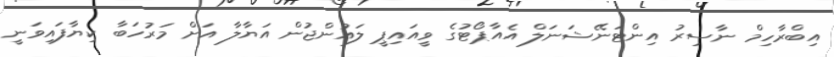
އިބްރާހިމް ނާސިރު އިންޓަނޭޝަނަލް އެއާޕޯޓުގެ ވީއައިޕީ ލައުންޖުން އަޔާލާ އަށް މަރުހަބާ ކިޔާފައިވަނީ